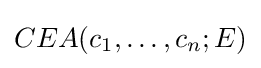
CEA(c_{1},\ldots ,c_{n};E)